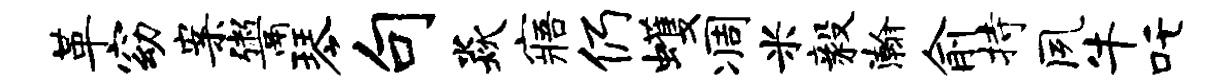
革窈案鬻琴句焱寤仍蠖凋米毅瀚俞持夙牛吒